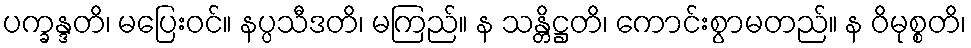
ပက္ခန္ဒတိ၊ မပြေးဝင်။ နပ္ပသီဒတိ၊ မကြည်။ န သန္တိဋ္ဌတိ၊ ကောင်းစွာမတည်။ န ဝိမုစ္စတိ၊